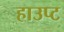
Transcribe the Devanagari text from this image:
हाउप्ट